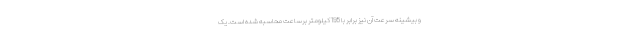
و بیشینه سرعت آن نیز برابر با 195 کیلومتر برساعت محاسبه شده است. یک